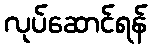
လုပ်ဆောင်ရန်